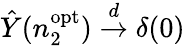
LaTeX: \hat{Y}(n_{2}^{\mathrm{opt}})\overset{d}{\to}\delta(0)